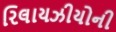
રિલાયઝીયોની